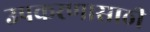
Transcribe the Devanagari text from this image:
उपकरणासाठी